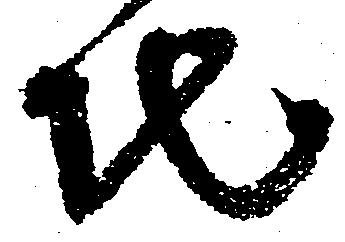
地